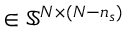
\in \mathbb { S } ^ { \ensuremath { N } \times ( \ensuremath { N } - \ensuremath { n _ { s } } ) }